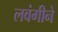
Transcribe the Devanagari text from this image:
लवंगीने